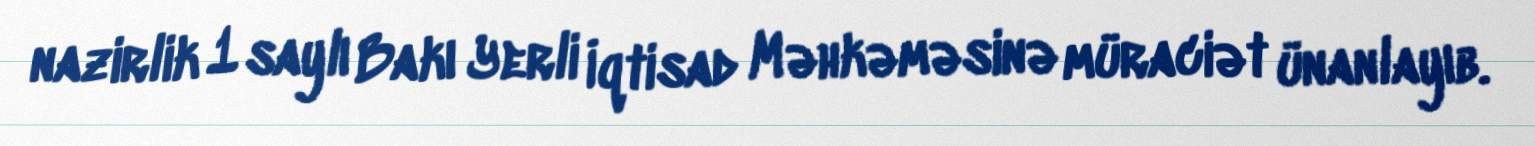
nazirlik 1 saylı Bakı Yerli İqtisad Məhkəməsinə müraciət ünanlayıb.